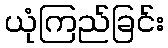
ယုံကြည်ခြင်း